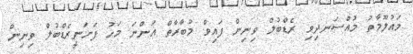
މައުލޫމާތު މުއްސަނދިވި ރެޑްބުލް ވިނިން ފައިވް މުބާރާތް އަންނަ މަހު ފަށަނީރެޑްބުލް ވިނިން